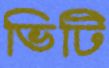
ভিটি